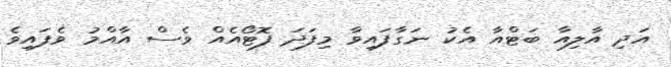
އަދި އާލިއާ ބަޓްއާ އެކު ނަގާފައިވާ މިފަދަ ފޮޓޯއެއް ވެސް އާއްމު ވެފައިވެ